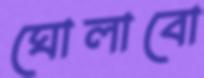
ঘোলাবো